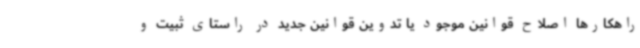
راهکارها اصلاح قوانین موجود یا تدوین قوانین جدید در راستای ثبیت و